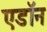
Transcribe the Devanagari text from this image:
एडॉन